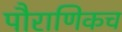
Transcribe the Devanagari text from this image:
पौराणिकच